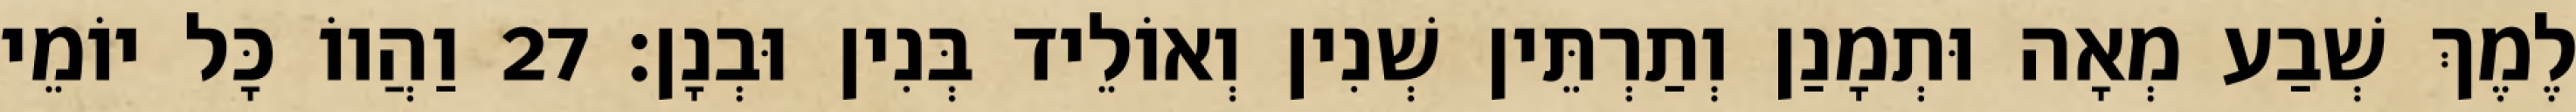
לֶמֶךְ שְׁבַע מְאָה וּתְמָנַן וְתַרְתֵּין שְׁנִין וְאוֹלֵיד בְּנִין וּבְנָן׃ 27 וַהֲווֹ כָּל יוֹמֵי